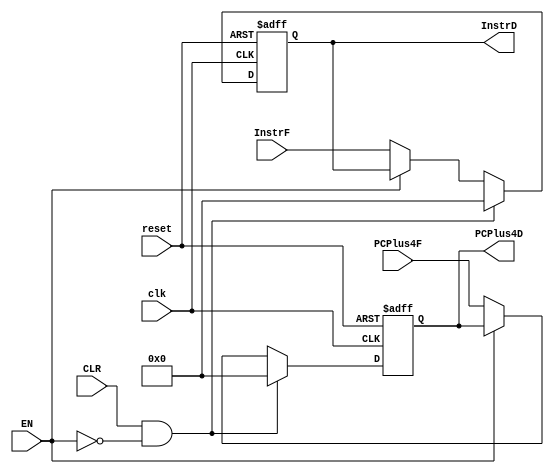

/*
// Module: pipeline_reg_fet_Dec.v
// Description: Pipeline register between Fetch and Decode stage verilog code //
// Owner : Mohamed Ayman
*/

module pipeline_reg_fet_Dec 
#(parameter data_size = 32)
(

    output  reg    [data_size-1:0]  InstrD,PCPlus4D,
    input   wire                    clk,reset,EN,CLR,
    input   wire   [data_size-1:0]  InstrF, PCPlus4F     
);

always @ ( posedge clk or negedge reset)

    begin
        if ( ! reset )
            begin
                PCPlus4D <= 32'd0;
                InstrD <= 32'd0;
            end
        else if ( CLR && !EN )
            begin
                PCPlus4D <= 32'd0;
                InstrD <= 32'd0;
            end
        else if (!EN)
            begin
               PCPlus4D <= PCPlus4F;
               InstrD <= InstrF;
            end    
    end

endmodule